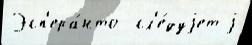
Эсп'ера́нто  сл'е́дуjет j